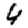
Digit: 4